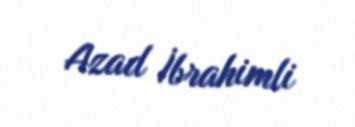
Azad İbrahimli